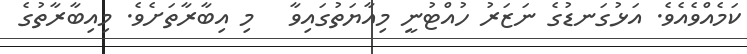
ކަމެއްވެއެވެ. އަޅުގަނޑުގެ ނަޒަރު ހުއްޓުނީ މިއާޔަތުގައިވާ   މި އިބާރާތަށެވެ. މިއިބާރާތުގެ